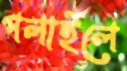
পলাইলে